Civil Veterinary Dept. Bombay admin report 1907-1913 - 1907-1913
Year: 1907
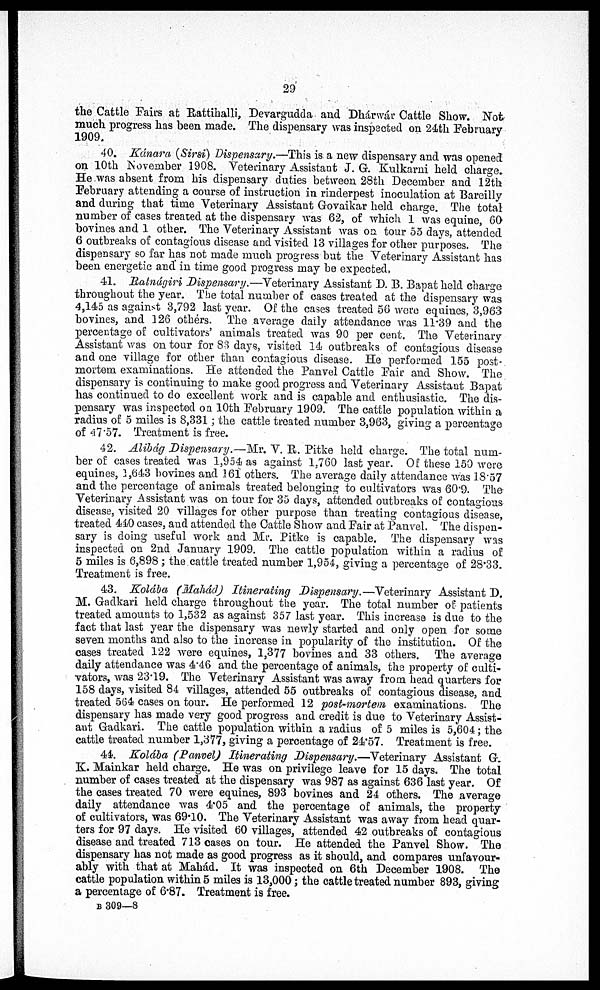
29
the Cattle Pairs at Rattihalli, Devargudda and Dhárwár Cattle Show. Not
much progress has been made. The dispensary was inspected on 24th February
1909.
40. Kánara (Sirsi) Dispensary.—This is a new dispensary and was opened
on 10th November 1908. Veterinary Assistant J. G. Kulkarni held charge.
He was absent from his dispensary duties between 28th December and 12th
February attending a course of instruction in rinderpest inoculation at Bareilly
and during that time Veterinary Assistant Govaikar held charge. The total
number of cases treated at the dispensary was 62, of which 1 was equine, 60
bovines and 1 other. The Veterinary Assistant was on. tour 55 days, attended
6 outbreaks of contagious disease and visited 13 villages for other purposes. The
dispensary so far has not made much progress but the Veterinary Assistant has
been energetic and in time good progress may be expected,
41. Ratnágiri Dispensary.—Veterinary Assistant D. B. Bapat held charge
throughout the year. The total number of cases treated at the dispensary was
4,145 as against 3,792 last year. Of the cases treated 56 wore equines, 8,963
bovines, and 126 others. The average daily attendance was 11.39 and the
percentage of cultivators' animals treated was 90 per cent. The Veterinary
Assistant was on tour for 83 days, visited 14 outbreaks of contagious disease
and one village for other than contagious disease. He performed 155 post-
mortem examinations. He attended the Panvel Cattle Pair and Show. The
dispensary is continuing to make good progress and Veterinary Assistant Bapat
has continued to do excellent work and is capable and enthusiastic. The dis-
pensary was inspected on 10th February 1909. The cattle population within a
radius of 5 miles is 8,331; the cattle treated number 3,963, giving a percentage
of 47.57. Treatment is free.
42. Alibág Dispensary.—Mr. V. R. Pitke held charge. The total num-
ber of cases treated was 1,954 as against 1.760 last year. Of these 150 were
equines, 1,643 bovines and 161 others. The average daily attendance was 18.57
and the percentage of animals treated belonging to cultivators was 60.9. The
Veterinary Assistant was on tour for 35 days, attended outbreaks of contagious
disease, visited 20 villages for other purpose than treating contagious disease,
treated 440 cases, and attended the Cattle Show and Fair at Panvel. The dispen-
sary is doing useful work and Mr. Pitke is capable. The dispensary was
inspected on 2nd January 1909. The cattle population within a radius of
5 miles is 6,898 ; the cattle treated number 1,954, giving a percentage of 28.33.
Treatment is free.
43. Kolába (Maliád) Itinerating Dispensary.—Veterinary Assistant D.
M. Gadkari held charge throughout the year. The total number of patients
treated amounts to 1,532 as against 357 last year. This increase is due to the
fact that last year the dispensary was newly started and only open for some
seven months and also to the increase in popularity of the institution. Of the
cases treated 122 were equines, 1,377 bovines and 33 others. The average
daily attendance was 4.46 and the percentage of animals, the property of culti-
vators, was 23.19. The Veterinary Assistant was away from head quarters for
158 days, visited 84 villages, attended 55 outbreaks of contagious disease, and
treated 564 cases on tour. He performed 12 post-mortem examinations. The
dispensary has made very good progress and credit is due to Veterinary Assist-
ant Gadkari. The cattle population within a radius of 5 miles is 5,604; the
cattle treated number 1,377, giving a percentage of 24.57. Treatment is free.
44. Kolába (Panvel) Itinerating Dispensary.—Veterinary Assistant G.
K. Mainkar held charge. He was on privilege leave for 15 days. The total
number of cases treated at the dispensary was 987 as against 636 last year. Of
the cases treated 70 were equines, 893 bovines and 24 others. The average
daily attendance was 4.05 and the percentage of animals, the property
of cultivators, was 69.10. The Veterinary Assistant was away from head quar-
ters for 97 days. He visited 60 villages, attended 42 outbreaks of contagious
disease and treated 713 cases on tour. He attended the Panvel Show. The
dispensary has not made as good progress as it should, and compares unfavour-
ably with that at Mahád. It was inspected on 6th December 1908. The
cattle population within 5 miles is 13,000; the cattle treated number 893, giving
a percentage of 6.87. Treatment is free.
B 309—8